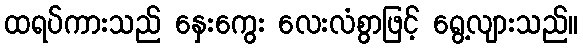
ထရပ်ကားသည် နှေးကွေး လေးလံစွာဖြင့် ရွေ့လျားသည်။